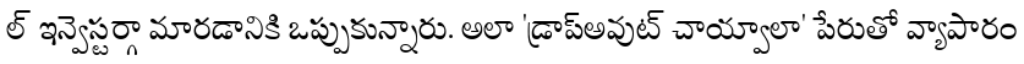
ల్ ఇన్వెస్టర్గా మారడానికి ఒప్పుకున్నారు. అలా 'డ్రాప్అవుట్ చాయ్వాలా' పేరుతో వ్యాపారం